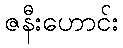
ဇနီးဟောင်း